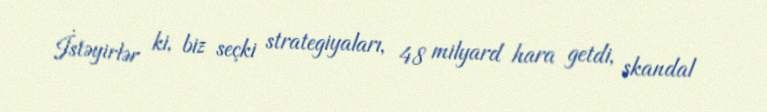
İstəyirlər ki, biz seçki strategiyaları, 48 milyard hara getdi, skandal